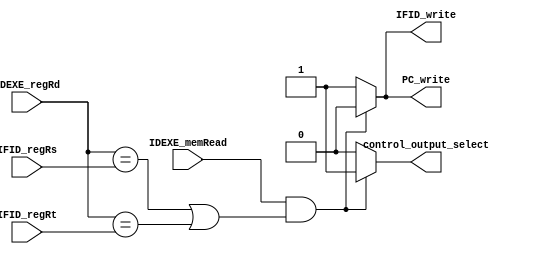
`timescale 1ns/1ps
module Hazard_detection(
    input [4:0] IFID_regRs,
    input [4:0] IFID_regRt,
    input [4:0] IDEXE_regRd,
    input IDEXE_memRead,
    output reg PC_write,
    output reg IFID_write,
    output reg control_output_select
);
/* Write your code HERE */

always @(*) begin
    
    // if load and use  => give nop => don;t write and control give zero(select 1)

    if(IDEXE_memRead/*load*/  && ((IDEXE_regRd == IFID_regRs) || (IDEXE_regRd == IFID_regRt)/*use*/ ))begin
        PC_write <= 1'b0;
        IFID_write <=  1'b0;
        control_output_select <= 1'b1;
    end
    else begin
        PC_write <= 1'b1;
        IFID_write <=  1'b1;
        control_output_select <= 1'b0;
    end


end

endmodule